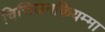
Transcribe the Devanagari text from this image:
चित्तिजनकियम्मा